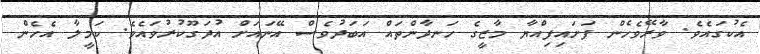
އެކުގައެވެ. ވާރޭވެހެން ފަށައިފިއްޔާ މާޒީގެ ހަނދާންތައް އަބަދުވެސް އޭނައަށް އުދަގޫކުރުވައެވެ. ކަމީލާ އެހެން